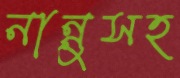
নান্নুসহ